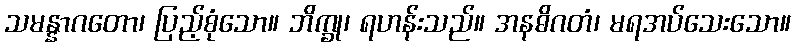
သမန္နာဂတော၊ ပြည့်စုံသော။ ဘိက္ခု၊ ရဟန်းသည်။ အနဓိဂတံ၊ မရအပ်သေးသော။